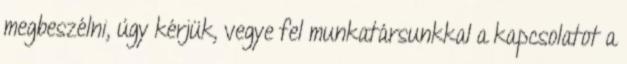
megbeszélni, úgy kérjük, vegye fel munkatársunkkal a kapcsolatot a